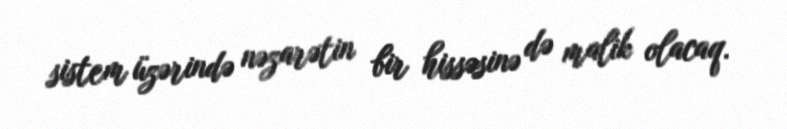
sistem üzərində nəzarətin bir hissəsinə də malik olacaq.